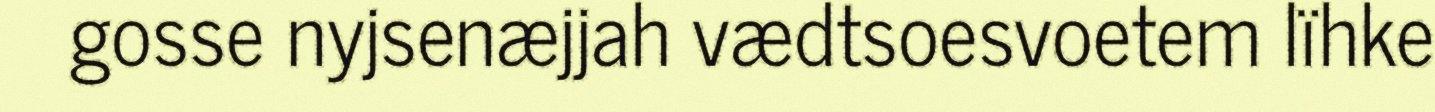
gosse nyjsenæjjah vædtsoesvoetem lïhke